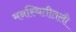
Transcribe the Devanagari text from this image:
मनस्थितीतली